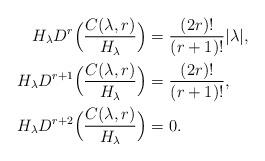
LaTeX: \begin{align*} H_\lambda D^{r}\Bigl(\frac{C(\lambda,r)}{H_\lambda}\Bigr)&= \frac{(2r)!}{(r+1)!} |\lambda|, \\ H_\lambda D^{r+1}\Bigl(\frac{C(\lambda,r)}{H_\lambda}\Bigr)&= \frac{(2r)!}{(r+1)!}, \\ H_\lambda D^{r+2}\Bigl(\frac{C(\lambda,r)}{H_\lambda}\Bigr)&= 0. \end{align*}